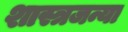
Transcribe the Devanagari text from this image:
शास्त्रजन्या